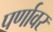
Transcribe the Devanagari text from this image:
पर्णावर